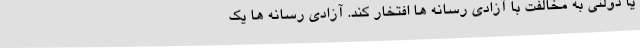
یا دولتی به مخالفت با آزادی رسانه ها افتخار کند. آزادی رسانه ها یک